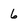
Character: 6